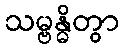
သမ္ဗန္ဓိတွာ